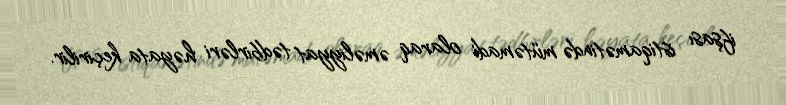
ifşası istiqamətində mütəmadi olaraq əməliyyat tədbirləri həyata keçirilir.